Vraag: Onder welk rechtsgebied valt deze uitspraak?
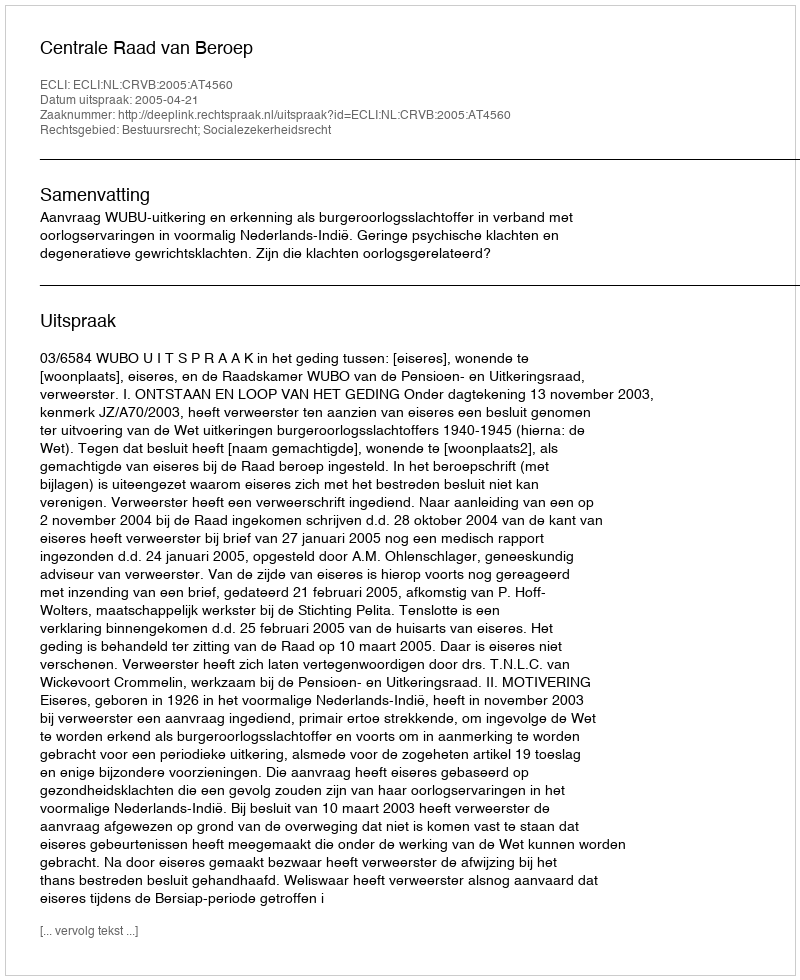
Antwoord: Bestuursrecht; Socialezekerheidsrecht